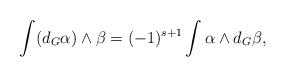
LaTeX: \begin{align*}\int(d_{G}\alpha)\wedge \beta=(-1)^{s+1}\int \alpha\wedge d_{G}\beta,\end{align*}